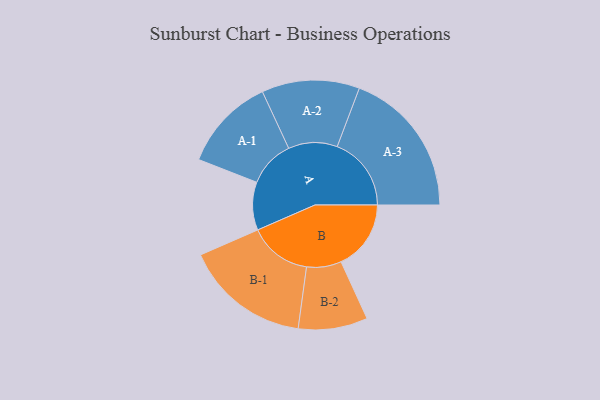
{"axis": {"x": "Segment", "y": "Value"}, "legend": ["", "A", "B"], "data": [{"x": "A", "y": 162, "type": ""}, {"x": "B", "y": 236, "type": ""}, {"x": "A-1", "y": 158, "type": "A"}, {"x": "A-2", "y": 165, "type": "A"}, {"x": "A-3", "y": 250, "type": "A"}, {"x": "B-1", "y": 212, "type": "B"}, {"x": "B-2", "y": 117, "type": "B"}]}